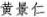
黄景仁